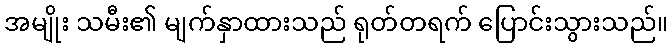
အမျိုး သမီး၏ မျက်နှာထားသည် ရုတ်တရက် ပြောင်းသွားသည်။